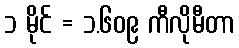
၁ မိုင် = ၁.၆၀၉ ကီလိုမီတာ